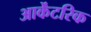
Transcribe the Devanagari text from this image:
आर्केंटरिक